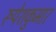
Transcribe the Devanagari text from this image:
रूपेशकुमार